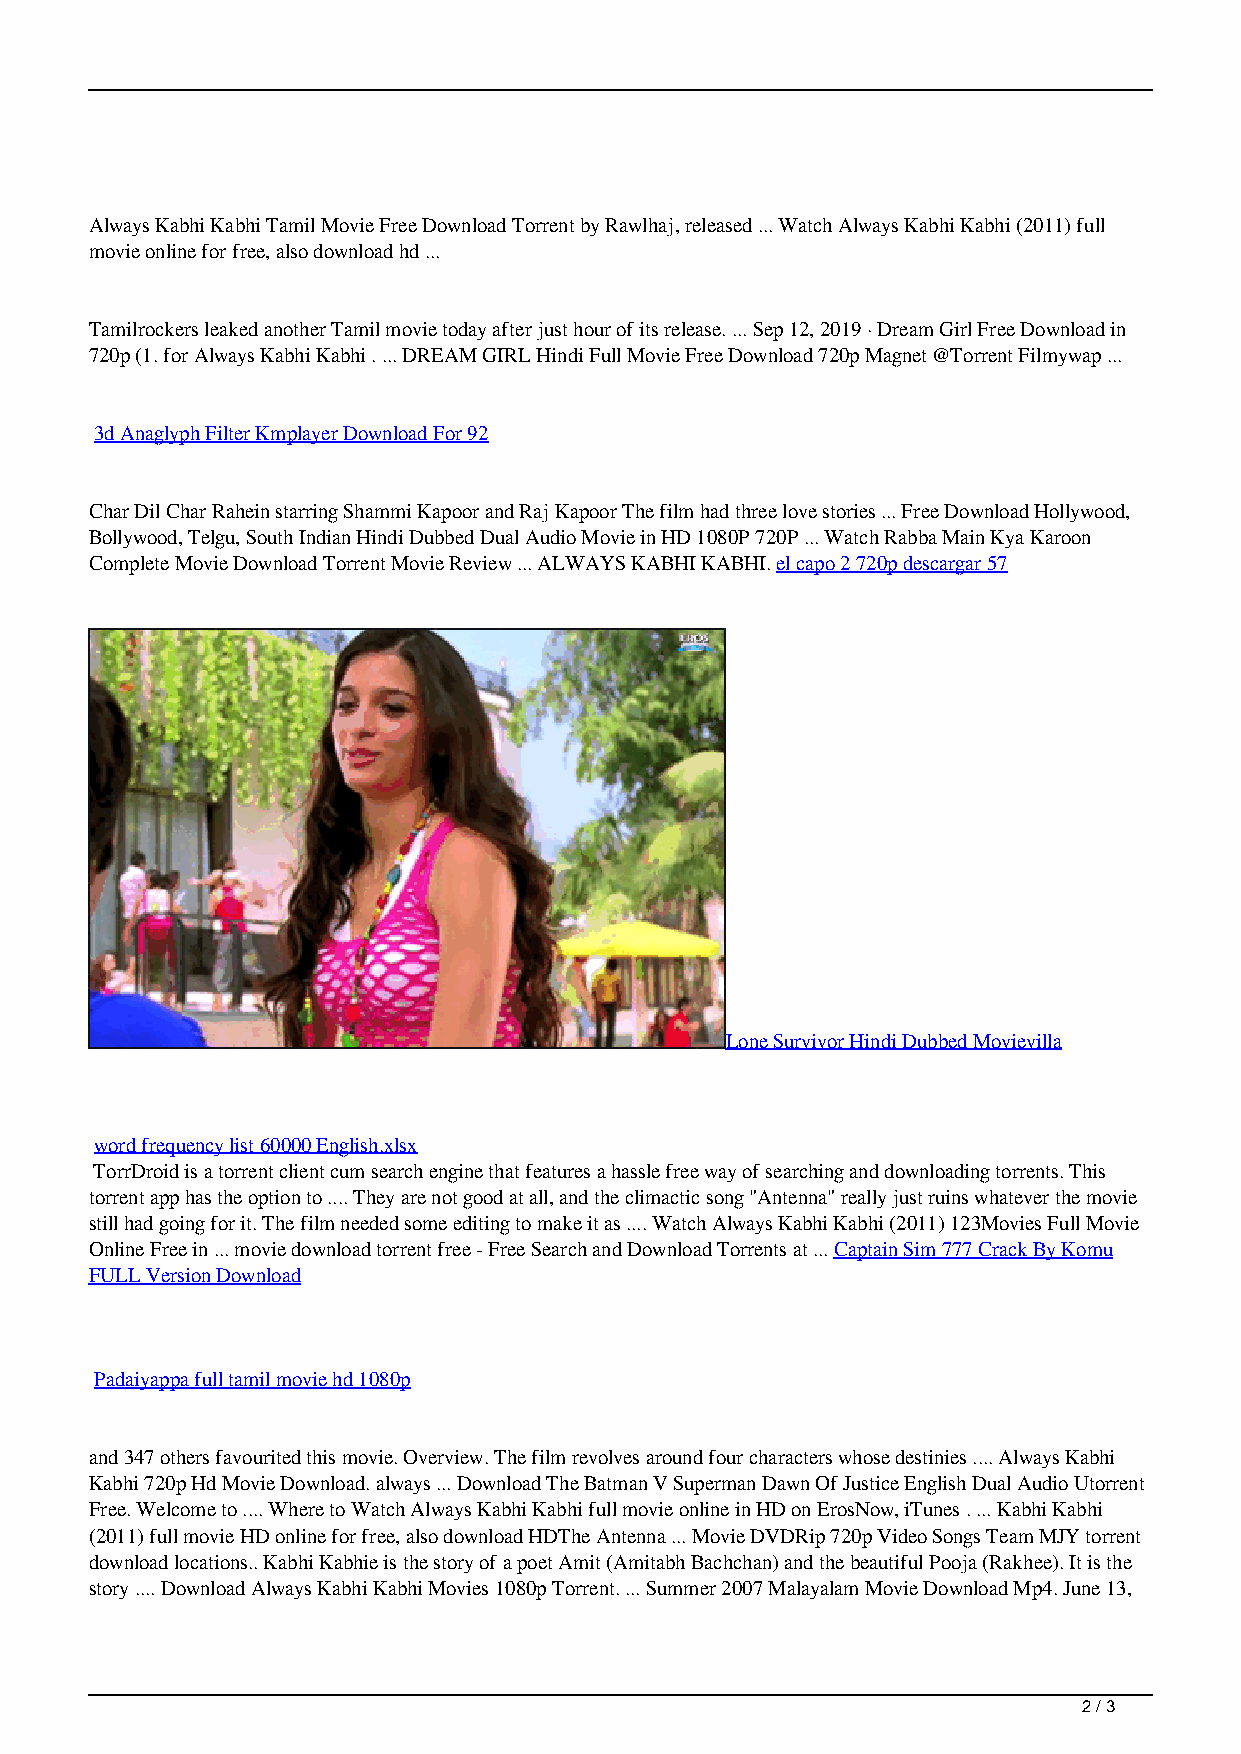
Always Kabhi Kabhi Tamil Movie Free Download Torrent by Rawlhaj, released ... Watch Always Kabhi Kabhi (2011) full
 movie online for free, also download hd ...
 Tamilrockers leaked another Tamil movie today after just hour of its release. ... Sep 12, 2019 · Dream Girl Free Download in
 720p (1. for Always Kabhi Kabhi . ... DREAM GIRL Hindi Full Movie Free Download 720p Magnet @Torrent Filmywap ...
 3d Anaglyph Filter Kmplayer Download For 92
 Char Dil Char Rahein starring Shammi Kapoor and Raj Kapoor The film had three love stories ... Free Download Hollywood,
 Bollywood, Telgu, South Indian Hindi Dubbed Dual Audio Movie in HD 1080P 720P ... Watch Rabba Main Kya Karoon
 Complete Movie Download Torrent Movie Review ... ALWAYS KABHI KABHI. el capo 2 720p descargar 57
 Lone Survivor Hindi Dubbed Movievilla
 word frequency list 60000 English.xlsx
 TorrDroid is a torrent client cum search engine that features a hassle free way of searching and downloading torrents. This
 torrent app has the option to .... They are not good at all, and the climactic song "Antenna" really just ruins whatever the movie
 still had going for it. The film needed some editing to make it as .... Watch Always Kabhi Kabhi (2011) 123Movies Full Movie
 Online Free in ... movie download torrent free - Free Search and Download Torrents at ... Captain Sim 777 Crack By Komu
 FULL Version Download
 Padaiyappa full tamil movie hd 1080p
 and 347 others favourited this movie. Overview. The film revolves around four characters whose destinies .... Always Kabhi
 Kabhi 720p Hd Movie Download. always ... Download The Batman V Superman Dawn Of Justice English Dual Audio Utorrent
 Free. Welcome to .... Where to Watch Always Kabhi Kabhi full movie online in HD on ErosNow, iTunes . ... Kabhi Kabhi
 (2011) full movie HD online for free, also download HDThe Antenna ... Movie DVDRip 720p Video Songs Team MJY torrent
 download locations.. Kabhi Kabhie is the story of a poet Amit (Amitabh Bachchan) and the beautiful Pooja (Rakhee). It is the
 story .... Download Always Kabhi Kabhi Movies 1080p Torrent. ... Summer 2007 Malayalam Movie Download Mp4. June 13,
 2 / 3